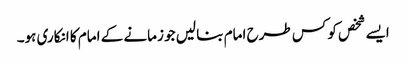
ایسے شخص کو کس طرح امام بنا لیں جو زمانے کے امام کا انکاری ہو۔